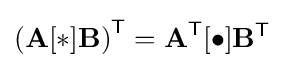
\left(\mathbf {A} [\ast ]\mathbf {B} \right)^{\textsf {T}}={\textbf {A}}^{\textsf {T}}[\bullet ]\mathbf {B} ^{\textsf {T}}